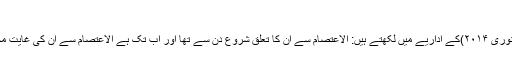
(مرحوم دوست عبداللہ سلیم کی یاد میں ص:۷۸)
اور محتر م حافظ احمد شاکر حفظہ اللہ ہفت روزالاعتصام (۲۴تا۳۰جنوری ۲۰۱۴)کے اداریے میں لکھتے ہیں: الاعتصام سے ان کا تعلق شروع دن سے تھا اور اب تک ہے الاعتصام سے ان کی غایت محبت یہ تھی کہ وہ الاعتصام پر تعاون کی برکھا بھی برساتے رہے ۔